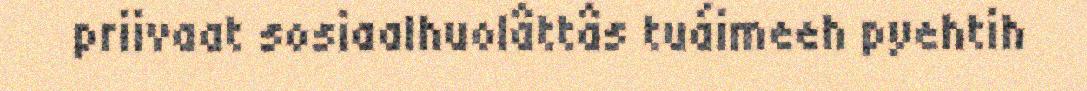
priivaat sosiaalhuolâttâs tuáimeeh pyehtih